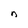
Character: n